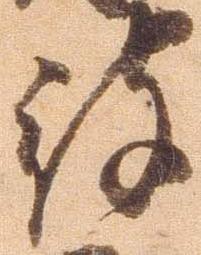
被